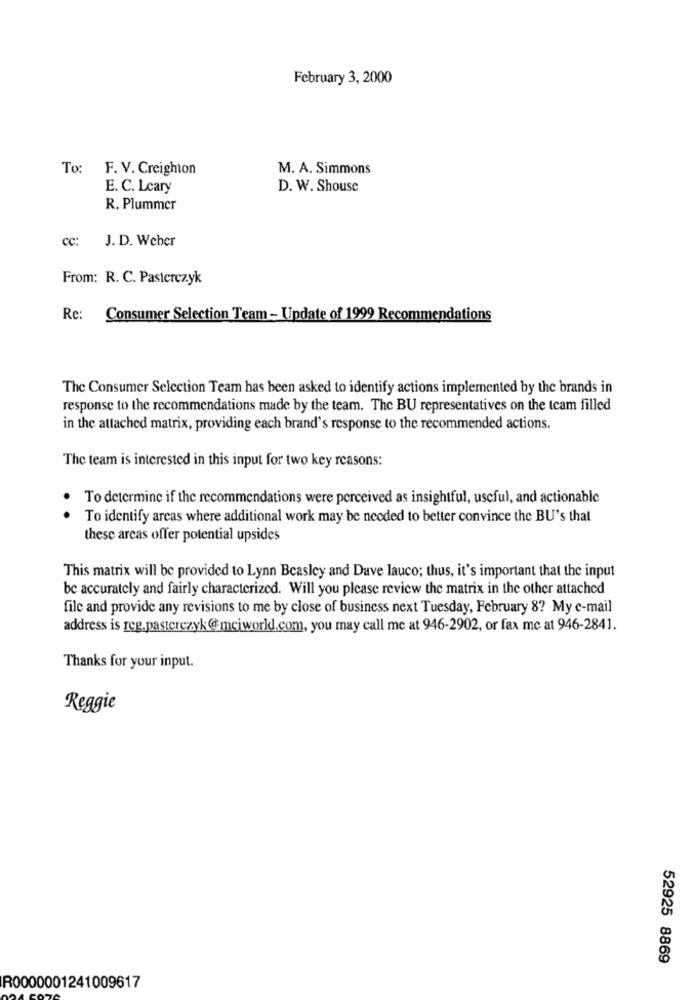
February 3, 2000
To: F. V. Creighton
M. A. Simmons
E. C. Lcary
D. W. Shouse
R. Plummer
cc:
J. D. Weber
From: R. C. Pasterczyk
Rc:
Consumer Selection Team - Update of 1999 Recommendations
The Consumer Selection Team has been asked to identify actions implemented by the brands in
response to the recommendations made by the team. The BU representatives on the team filled
in the attached matrix, providing each brand's response to the recommended actions.
The team is interested in this input for two key reasons:
To determine if the recommendations were perceived as insightful, useful, and actionable
. .
To identify areas where additional work may be needed to better convince the BU's that
these arcas offer potential upsides
This matrix will be provided to Lynn Beasley and Dave lauco; thus, it's important that the input
be accurately and fairly characterized. Will you please review the matrix in the other attached
file and provide any revisions to me by close of business next Tuesday, February 8? My e-mail
address is reg.pasterczyk@mcjworld.com, you may call me at 946-2902, or fax me at 946-2841.
Thanks for your input.
Reggie
52925 8869
R0000001241009617